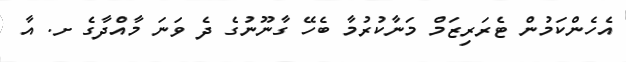
އެހެންކަމުން ޓެރަރިޒަމް މަނާކުރުމާ ބެހޭ ގާނޫނުގެ ދެ ވަނަ މާއްދާގެ ށ. އާ